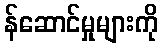
န်ဆောင်မှုများကို